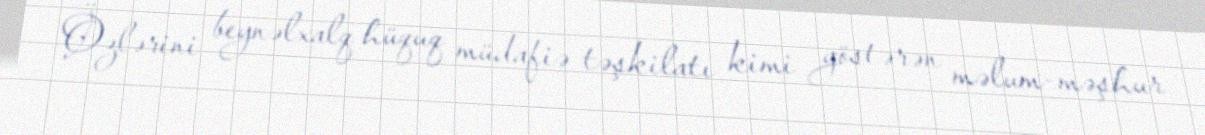
Özlərini beynəlxalq hüquq müdafiə təşkilatı kimi göstərən məlum-məşhur